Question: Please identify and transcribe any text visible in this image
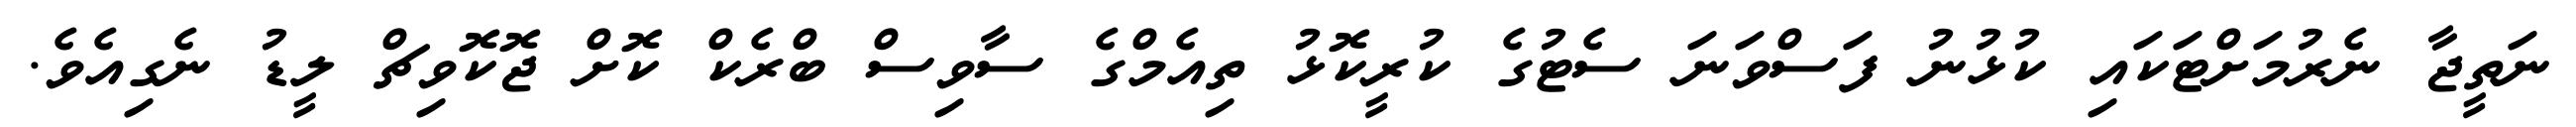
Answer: ނަތީޖާ ނެރުމަށްޓަކައި ކުޅުނު ފަސްވަނަ ސެޓުގެ ކުރީކޮޅު ތިއެމްގެ ސާވިސް ބްރެކް ކޮށް ޖޮކޮވިޗް ލީޑު ނެގިއެވެ.